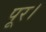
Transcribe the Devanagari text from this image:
पूर।